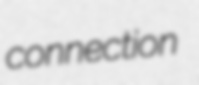
connection